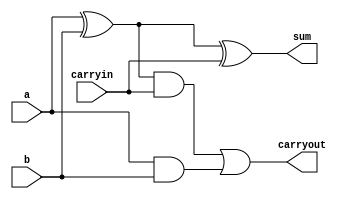
`define AND and #30
`define XOR xor #40
`define OR or #30

module AdderOneBit
(
    output sum, 
    output carryout,
    input a, 
    input b, 
    input carryin
);
    // Your adder code here
   wire abXOR; // output of xor with a,b as inputs
   wire abAND; // output of and with a,b as inputs
   wire cAND;  // output of and with abXOR, carryin as inputs
   
   // Define gates
   `XOR inputXOR(abXOR, a, b);
   `AND inputAND(abAND, a, b);
   `AND carryAND(cAND, abXOR, carryin);
   `XOR outXOR(sum, abXOR, carryin);
   `OR carryOR(carryout, cAND, abAND);
endmodule